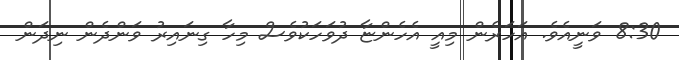
8:30 ވަނީއެވެ. އަހަރެން މިއީ އެހެންޏާ ދުވަހަކުވެސް މިހާ ގިނައިރު ވަންދެން ނިދަން